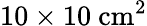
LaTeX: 10\times 10~\mathrm{cm^{2}}